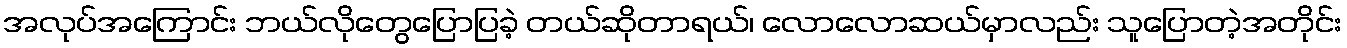
အလုပ်အကြောင်း ဘယ်လိုတွေပြောပြခဲ့ တယ်ဆိုတာရယ်၊ လောလောဆယ်မှာလည်း သူပြောတဲ့အတိုင်း